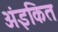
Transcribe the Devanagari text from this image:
अंइकित